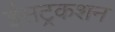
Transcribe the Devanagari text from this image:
ईंसट्रकशन